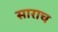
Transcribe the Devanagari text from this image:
साराच